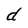
Character: d